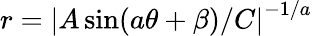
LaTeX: r=\left|A\sin(a\theta+\beta)/C\right|^{-1/a}